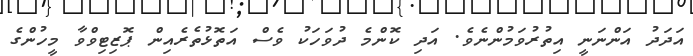
އަދަދު އަންނަނީ އިތުރުވަމުންނެވެ. އަދި ކޮންމެ ދުވަހަކު ވެސް އަތޮޅުތެރެއިން ޕޮޒިޓިވްވާ މީހުންގެ